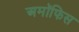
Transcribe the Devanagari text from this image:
अमॉफिस